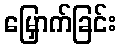
မြှောက်ခြင်း